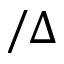
/ \Delta